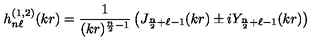
h _ { n \ell } ^ { ( 1 , 2 ) } ( k r ) = \frac { 1 } { ( k r ) ^ { \frac { n } { 2 } - 1 } } \left( J _ { \frac { n } { 2 } + \ell - 1 } ( k r ) \pm i Y _ { \frac { n } { 2 } + \ell - 1 } ( k r ) \right)